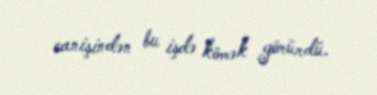
canişindən bu işdə kömək görürdü.